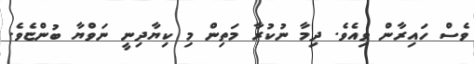
ވެސް ހައިރާން ވިއެވެ. ދިމާ ނުކުރާ މަތިން މި ކިޔާދިނީ ނަވްޔާ ބުންޏެވެ.